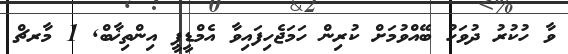
ވާ ހުކުރު ދުވަހު ބޭއްވުމަށް ކުރިން ހަމަޖެހިފައިވާ އެމްޑީޕީ އިންތިޚާބް